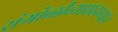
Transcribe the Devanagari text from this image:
रांगोळीच्यासहाय्याने